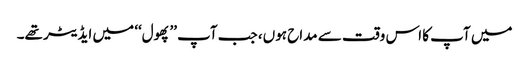
میں آپ کا اس وقت سے مداح ہوں، جب آپ ’’پھول‘‘ میں ایڈیٹر تھے۔